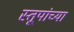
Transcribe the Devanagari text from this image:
स्तूपांच्या